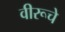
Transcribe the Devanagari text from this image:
वीरूचे